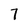
Character: 7